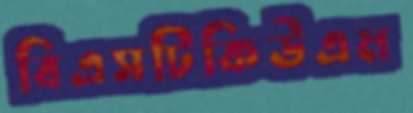
বিএসটিকিউএম